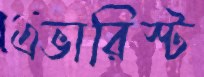
এভারিস্ট